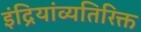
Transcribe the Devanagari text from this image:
इंद्रियांव्यतिरिक्त